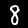
Digit: 8